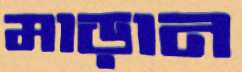
মাড়ান